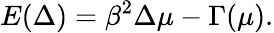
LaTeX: E(\Delta)=\beta^{2}\Delta\mu-\Gamma(\mu).